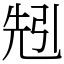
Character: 𠒒